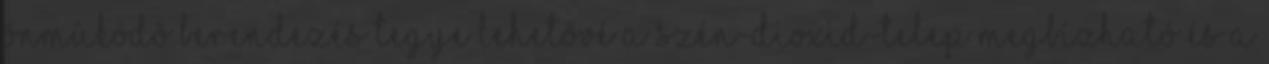
önmûködõ berendezés tegye lehetõvé a szén-dioxid-telep megbízható és a